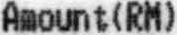
AMOUNT(RM)